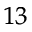
^ { 1 3 }